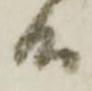
而